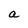
Character: a